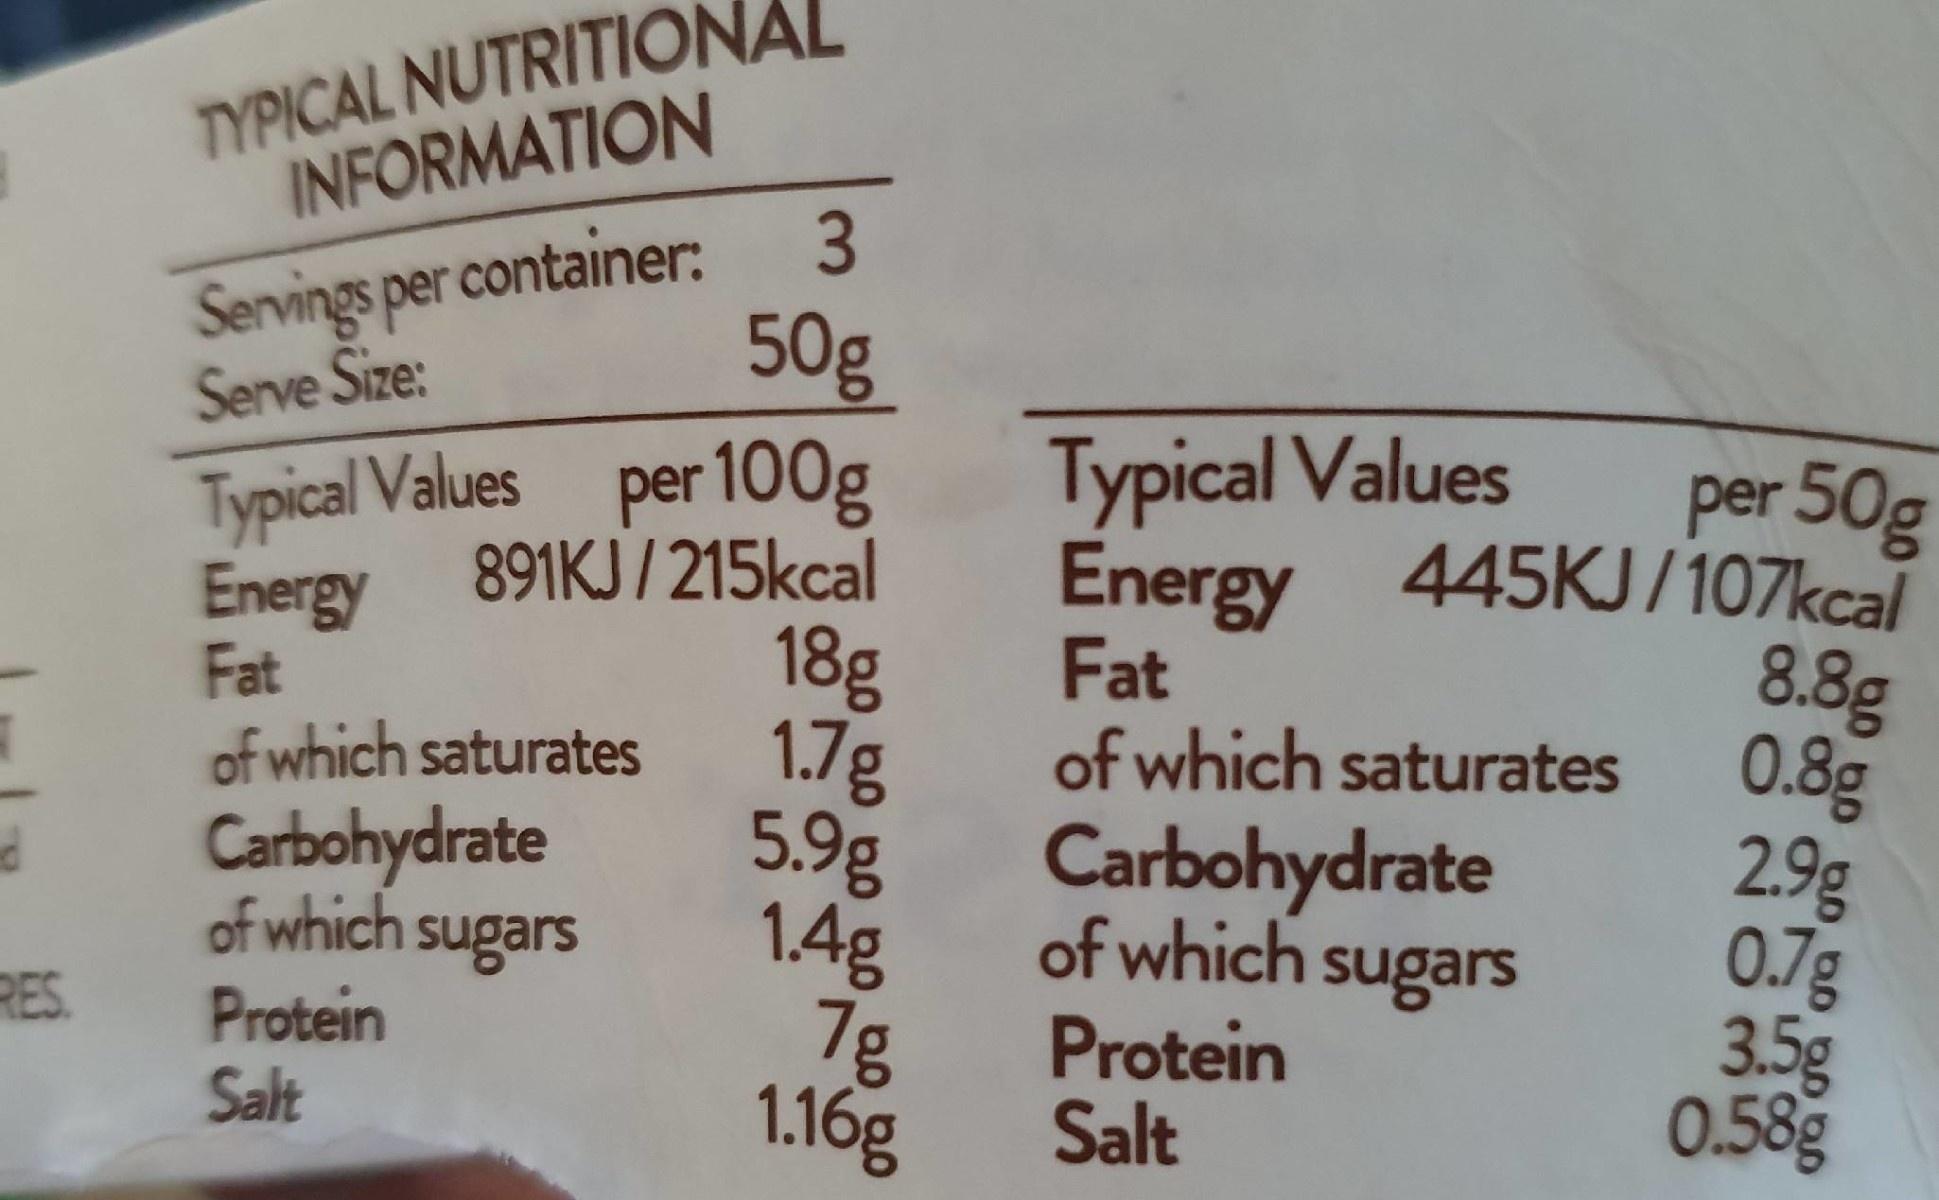
TYPICAL NUTRITIONAL INFORMATION Servings per container: Serve Size: 3 50g Typical Values per 100g 891KJ / 215kcal 18g 1.7g 5.9g 1.4g 7g 1.16g Typical Values per 50g Energy 445KJ/107kcal 8.8g 0.8g 2.9g 0.7g 3.5g 0.58g Energy Fat of which saturates Carbohydrate of which Fat of which saturates Carbohydrate of which sugars sugars RES. Protein Salt Protein Salt